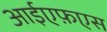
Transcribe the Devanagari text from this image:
आईएफ़एस